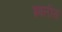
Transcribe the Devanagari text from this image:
इबलीस